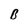
Character: B